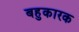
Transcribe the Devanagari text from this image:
बहुकारक